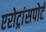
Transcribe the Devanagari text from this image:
एरोट्रांसपोर्ट